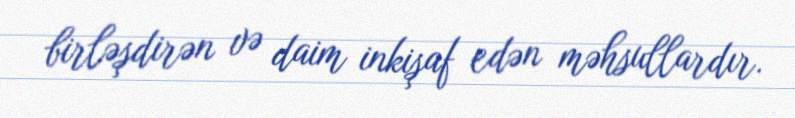
birləşdirən və daim inkişaf edən məhsullardır.